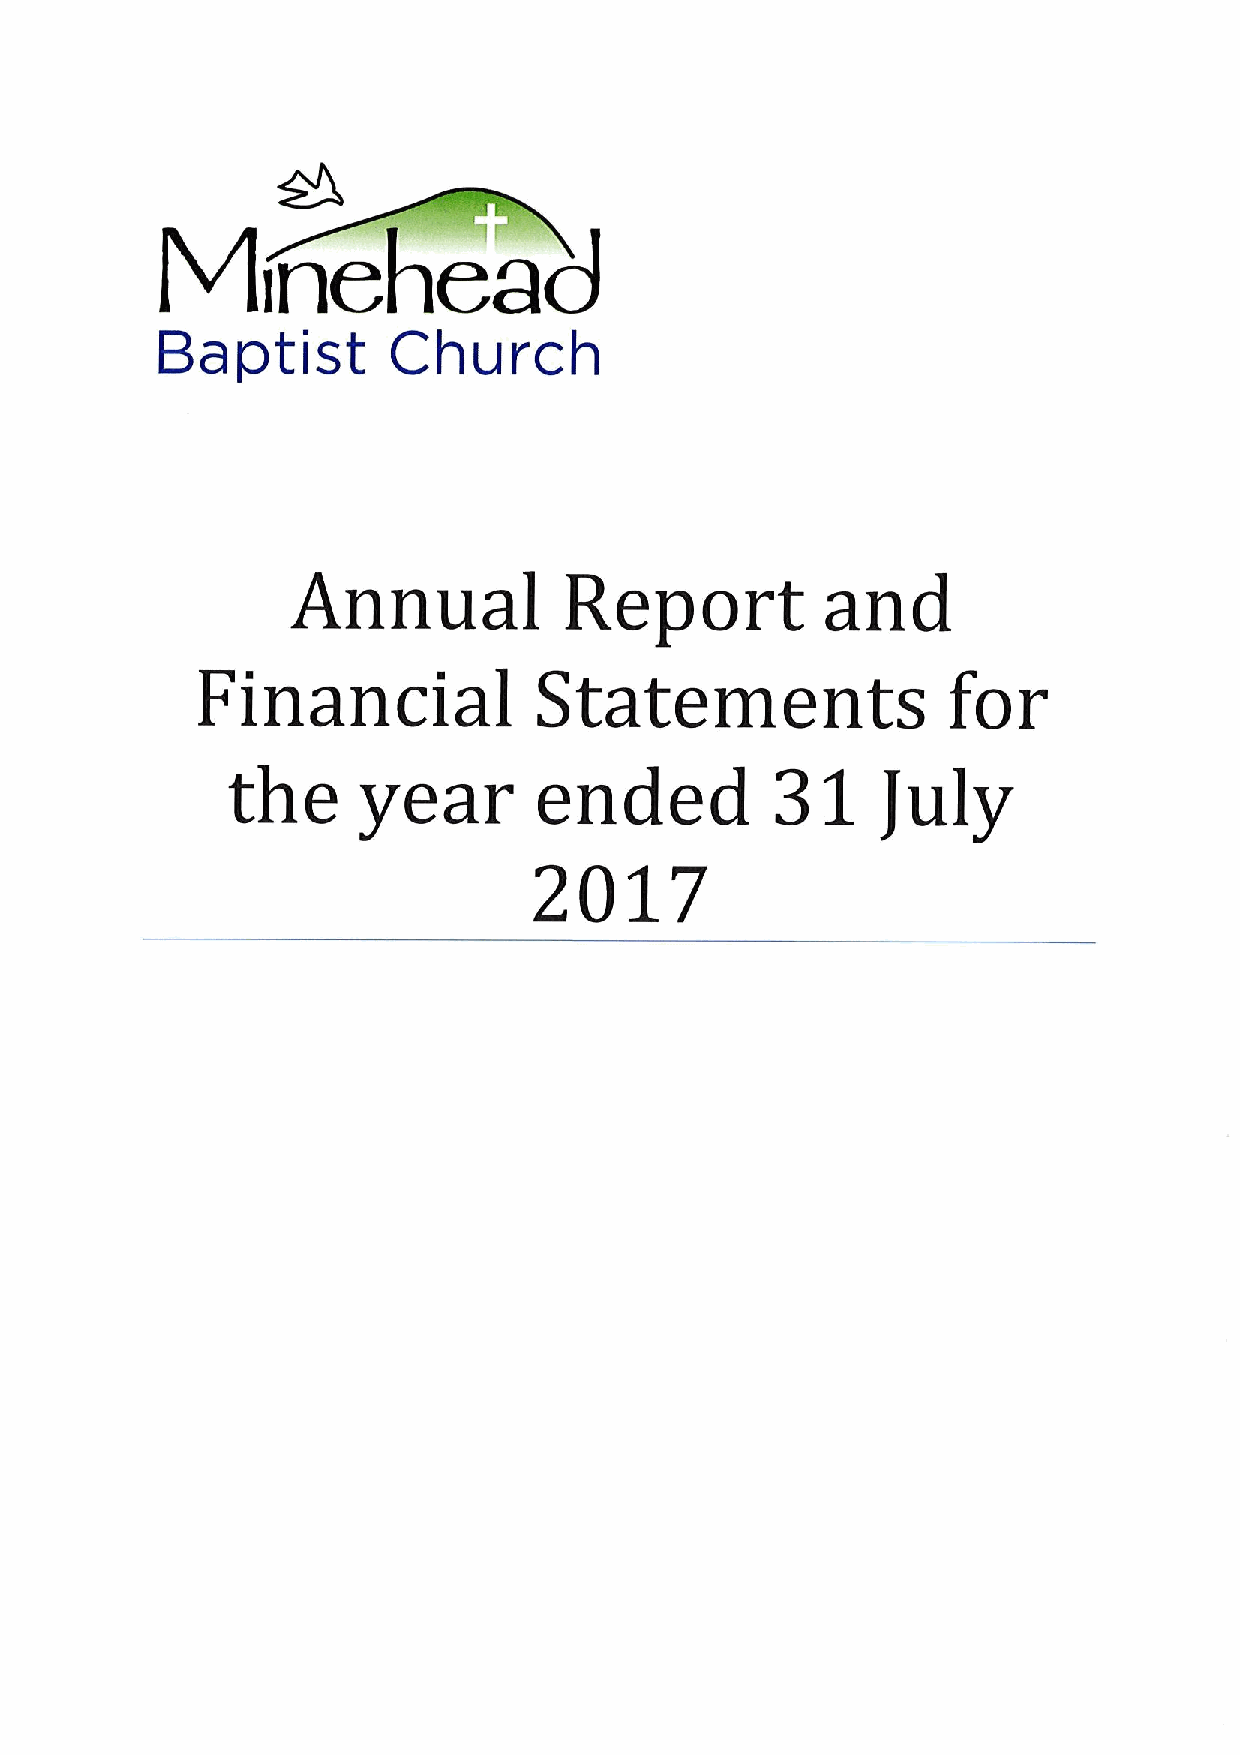
Mineh             end
 Baptist         Church
 Annual            Report            and
 Financial              Statements                 for
 31
 the      year        ended
 July
 2017